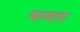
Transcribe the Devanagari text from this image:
न्कानडला